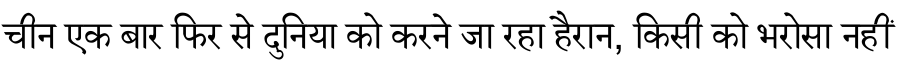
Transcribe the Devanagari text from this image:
चीन एक बार फिर से दुनिया को करने जा रहा हैरान, किसी को भरोसा नहीं